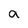
Character: a